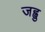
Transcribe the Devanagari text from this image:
जह्वु